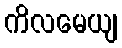
ကိလမေယျ